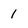
Character: 1